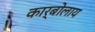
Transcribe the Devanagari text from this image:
कार्बोलाय